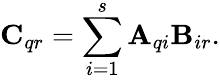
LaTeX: \mathbf{C}_{qr}=\sum_{i=1}^{s}\mathbf{A}_{qi}\mathbf{B}_{ir}.